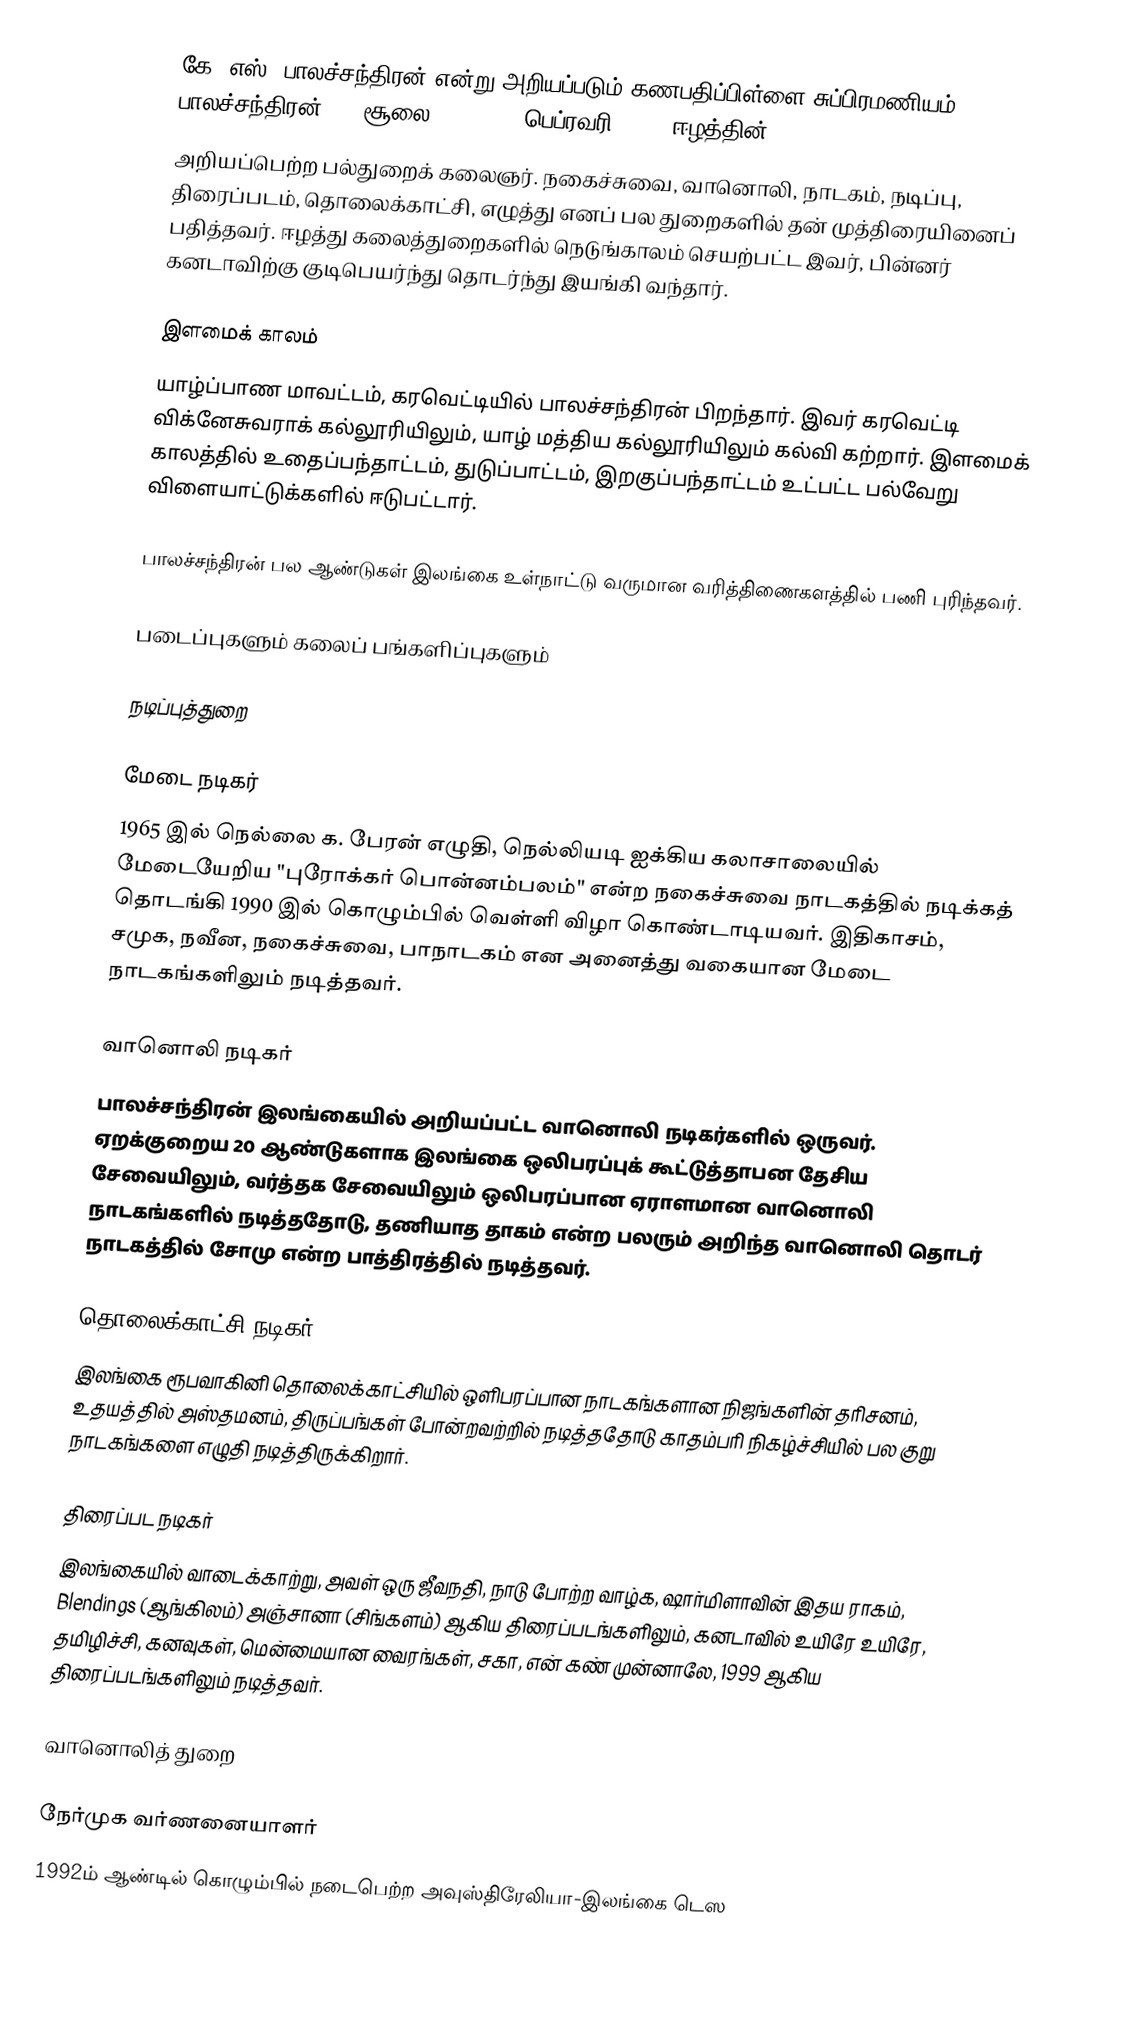
கே. எஸ். பாலச்சந்திரன் என்று அறியப்படும் கணபதிப்பிள்ளை சுப்பிரமணியம் பாலச்சந்திரன் (10 சூலை 1944 - 26 பெப்ரவரி 2014) ஈழத்தின்
அறியப்பெற்ற பல்துறைக் கலைஞர்.  நகைச்சுவை, வானொலி, நாடகம், நடிப்பு, திரைப்படம், தொலைக்காட்சி, எழுத்து எனப் பல துறைகளில் தன் முத்திரையினைப் பதித்தவர்.  ஈழத்து கலைத்துறைகளில் நெடுங்காலம் செயற்பட்ட இவர், பின்னர் கனடாவிற்கு குடிபெயர்ந்து தொடர்ந்து இயங்கி வந்தார்.

இளமைக் காலம்
யாழ்ப்பாண மாவட்டம், கரவெட்டியில் பாலச்சந்திரன் பிறந்தார்.  இவர் கரவெட்டி விக்னேசுவராக் கல்லூரியிலும், யாழ் மத்திய கல்லூரியிலும் கல்வி கற்றார்.  இளமைக் காலத்தில் உதைப்பந்தாட்டம், துடுப்பாட்டம், இறகுப்பந்தாட்டம் உட்பட்ட பல்வேறு விளையாட்டுக்களில் ஈடுபட்டார்.

பாலச்சந்திரன் பல ஆண்டுகள் இலங்கை உள்நாட்டு வருமான வரித்திணைகளத்தில் பணி புரிந்தவர்.

படைப்புகளும் கலைப் பங்களிப்புகளும்

நடிப்புத்துறை

மேடை நடிகர்
1965 இல் நெல்லை க. பேரன் எழுதி, நெல்லியடி ஐக்கிய கலாசாலையில் மேடையேறிய "புரோக்கர் பொன்னம்பலம்" என்ற நகைச்சுவை நாடகத்தில் நடிக்கத் தொடங்கி 1990 இல் கொழும்பில் வெள்ளி விழா கொண்டாடியவர். இதிகாசம், சமுக, நவீன, நகைச்சுவை, பாநாடகம் என அனைத்து வகையான மேடை நாடகங்களிலும் நடித்தவர்.

வானொலி நடிகர்
பாலச்சந்திரன் இலங்கையில் அறியப்பட்ட வானொலி நடிகர்களில் ஒருவர்.  ஏறக்குறைய 20 ஆண்டுகளாக இலங்கை ஒலிபரப்புக் கூட்டுத்தாபன தேசிய சேவையிலும், வர்த்தக சேவையிலும் ஒலிபரப்பான ஏராளமான வானொலி நாடகங்களில் நடித்ததோடு, தணியாத தாகம் என்ற பலரும் அறிந்த வானொலி தொடர் நாடகத்தில் சோமு என்ற பாத்திரத்தில் நடித்தவர்.

தொலைக்காட்சி நடிகர்
இலங்கை ரூபவாகினி தொலைக்காட்சியில் ஒளிபரப்பான நாடகங்களான நிஜங்களின் தரிசனம், உதயத்தில் அஸ்தமனம், திருப்பங்கள் போன்றவற்றில் நடித்ததோடு காதம்பரி நிகழ்ச்சியில் பல குறு நாடகங்களை எழுதி நடித்திருக்கிறார்.

திரைப்பட நடிகர்
இலங்கையில் வாடைக்காற்று, அவள் ஒரு ஜீவநதி, நாடு போற்ற வாழ்க, ஷார்மிளாவின் இதய ராகம், Blendings (ஆங்கிலம்) அஞ்சானா (சிங்களம்) ஆகிய திரைப்படங்களிலும், கனடாவில் உயிரே உயிரே, தமிழிச்சி, கனவுகள், மென்மையான வைரங்கள், சகா, என் கண் முன்னாலே, 1999 ஆகிய திரைப்படங்களிலும் நடித்தவர்.

வானொலித் துறை

நேர்முக வர்ணனையாளர்
1992ம் ஆண்டில் கொழும்பில் நடைபெற்ற அவுஸ்திரேலியா-இலங்கை டெஸ